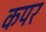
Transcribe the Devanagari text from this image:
कपर